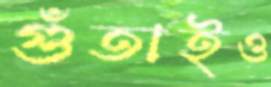
গুঁতাইও